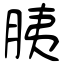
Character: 胰